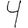
Digit: 4